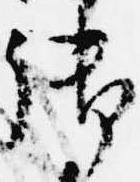
御